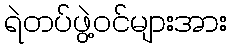
ရဲတပ်ဖွဲ့ဝင်များအား